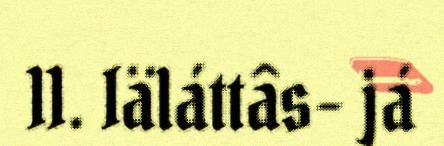
11. Iäláttâs- já